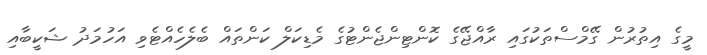
މީގެ އިތުރުން ގޭމްސްތަކުގައި ރާއްޖޭގެ ކޮންޓިންޖެންޓުގެ މެޑިކަލް ކަންތައް ބެލެހެއްޓެވި އަހުމަދު ޝަކީބާއި